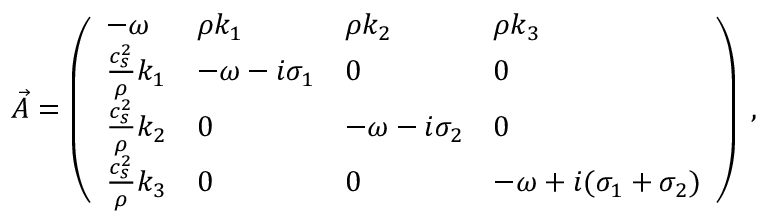
\vec { A } = \left( \begin{array} { l l l l } { - { \omega } } & { \rho k _ { 1 } } & { \rho k _ { 2 } } & { \rho k _ { 3 } } \\ { \frac { c _ { s } ^ { 2 } } { \rho } k _ { 1 } } & { - { \omega } - i \sigma _ { 1 } } & { 0 } & { 0 } \\ { \frac { c _ { s } ^ { 2 } } { \rho } k _ { 2 } } & { 0 } & { - { \omega } - i \sigma _ { 2 } } & { 0 } \\ { \frac { c _ { s } ^ { 2 } } { \rho } k _ { 3 } } & { 0 } & { 0 } & { - { \omega } + i ( \sigma _ { 1 } + \sigma _ { 2 } ) } \end{array} \right) \; ,